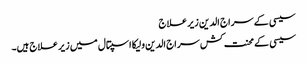
سیسی کے سراج الدین زیر علاج
سیسی کے محنت کش سراج الدین ولیکا اسپتال میں زیر علاج ہیں۔